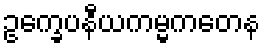
ဥက္ခေပနီယကမ္မကတေန